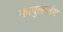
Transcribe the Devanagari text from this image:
काबुलनरेश